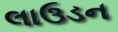
લાઉડન